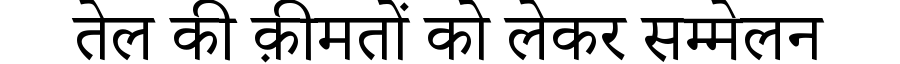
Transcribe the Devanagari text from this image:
तेल की क़ीमतों को लेकर सम्मेलन